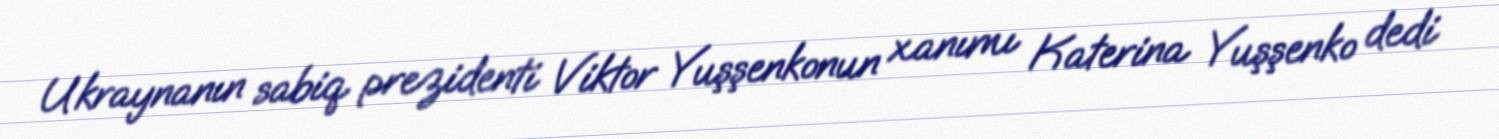
Ukraynanın sabiq prezidenti Viktor Yuşşenkonun xanımı Katerina Yuşşenko dedi